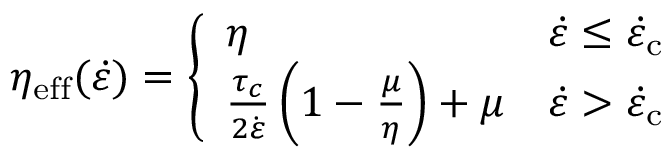
\eta _ { \mathrm { e f f } } ( \dot { \varepsilon } ) = \left\{ \begin{array} { l l } { \eta } & { \dot { \varepsilon } \le \dot { \varepsilon } _ { \mathrm { c } } } \\ { \frac { \tau _ { c } } { 2 \dot { \varepsilon } } \left( 1 - \frac { \mu } { \eta } \right) + \mu } & { \dot { \varepsilon } > \dot { \varepsilon } _ { \mathrm { c } } } \end{array} \right.